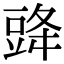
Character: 䜶